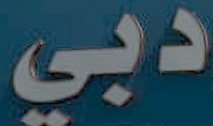
دبي